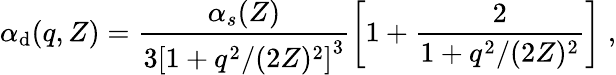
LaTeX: \alpha_{\mathrm{d}}(q,Z)=\frac{{\alpha_{s}(Z)}}{{{3[1+q^{2}/(2Z)^{2}]}^{3}}}\left[1+\frac{{2}}{{1+q^{2}/(2Z)^{2}}}\right]\; ,